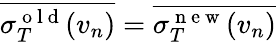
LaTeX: \overline{{\sigma_{T}^{\mathrm{~o~l~d~}}(v_{n})}}=\overline{{\sigma_{T}^{\mathrm{~n~e~w~}}(v_{n})}}